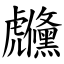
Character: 虪